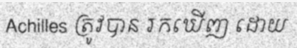
Achilles ត្រូវបាន រកឃើញ ដោយ